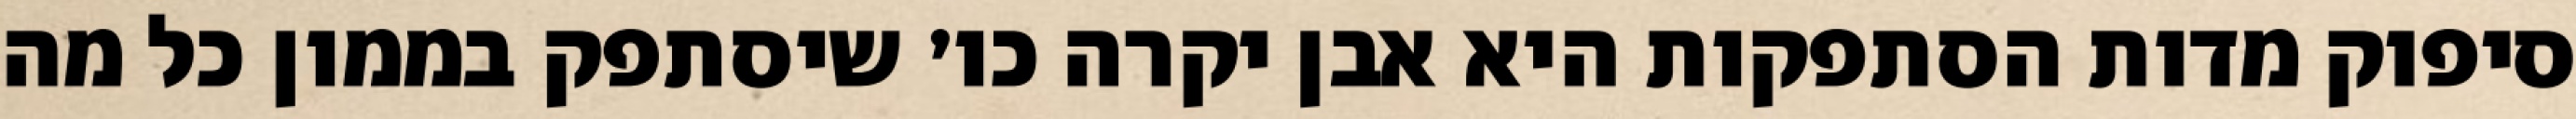
סיפוק מדות הסתפקות היא אבן יקרה כו׳ שיסתפק בממון כל מה